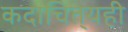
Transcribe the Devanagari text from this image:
कदाचित्‌यही